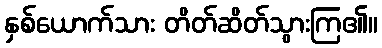
နှစ်ယောက်သား တိတ်ဆိတ်သွားကြ၏။